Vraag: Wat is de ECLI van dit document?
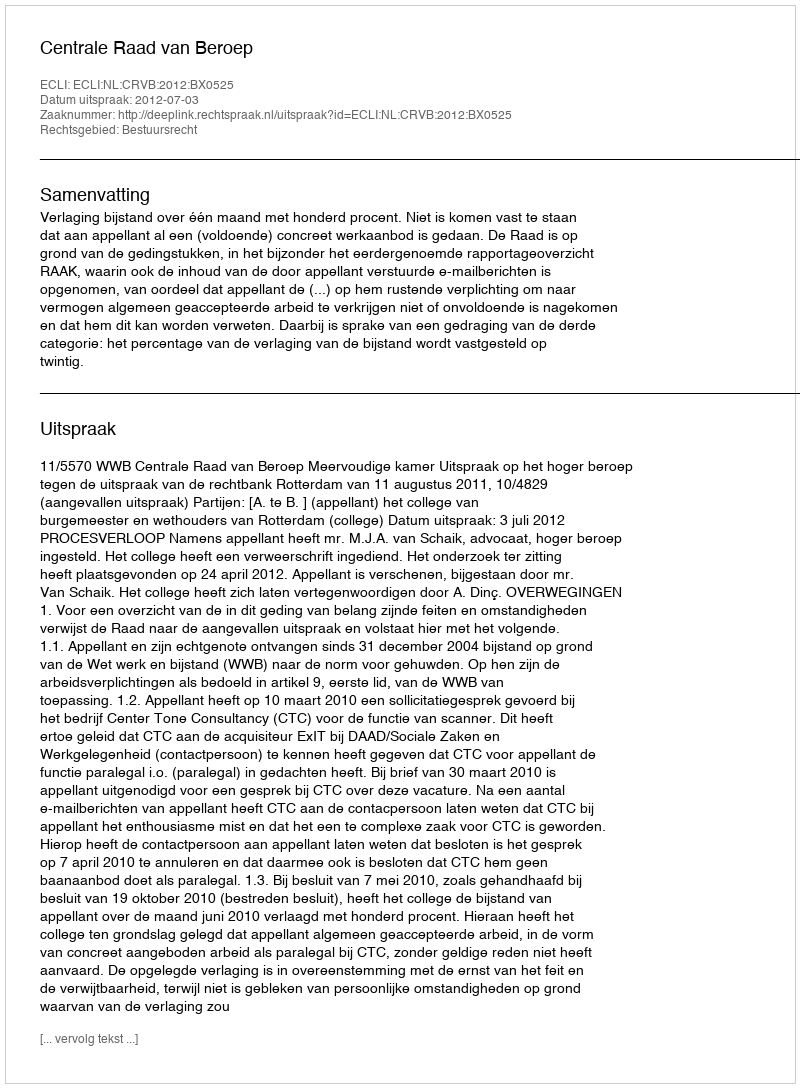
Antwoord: ECLI:NL:CRVB:2012:BX0525